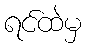
ရင်ထဲမှ